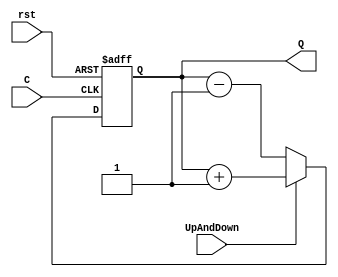
`timescale 1ns / 1ps
//////////////////////////////////////////////////////////////////////////////////
// Company: Prince of Songkla University
// 
// Design Name: Nattapon Jutamas [5710110137]
// Project Name: Introduction to FPGA design using Verilog
//////////////////////////////////////////////////////////////////////////////////
module counter(
	input UpAndDown,
   input C,
   input rst,
   output [3:0] Q
   );
	 
	reg [3:0] tmp;

	always @ (posedge C or negedge rst)
	 	begin
			if (rst == 0)
				tmp <= 0;
			else if (UpAndDown == 1)
				tmp <= tmp + 1;		
			else
				tmp <= tmp - 1;
		end
	
	assign Q = tmp;

endmodule